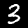
Label: 3